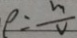
\rho = \frac { m } { V }